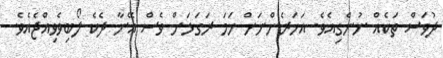
ދުވަސް ތަކެއް ނުނެގިއެވެ. އަހަރެންނަށް ހަމަ ރަގަޅަށް ވެސް އޭނާ ދެކެ ލޯބިވެވިއްޖެއެވެ.